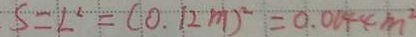
S = L ^ { 2 } = ( 0 . 1 2 m ) ^ { 2 } = 0 . 0 1 4 4 m ^ { 2 }